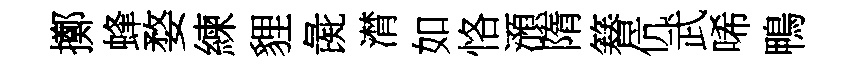
擲蜂婺練貍彘潸如恪澦隋簮伉武唏鴨